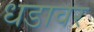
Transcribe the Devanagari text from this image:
धडावर